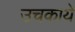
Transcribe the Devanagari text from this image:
उचकाये